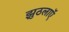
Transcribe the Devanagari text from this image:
झुठलाएॅ